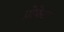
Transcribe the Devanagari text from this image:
प्रोफेटा